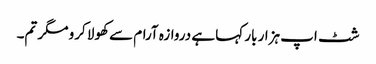
شٹ اپ ہزار بار کہا ہے دروازہ آرام سے کھولا کرو مگر تم۔